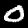
Digit: 0